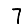
Digit: 7